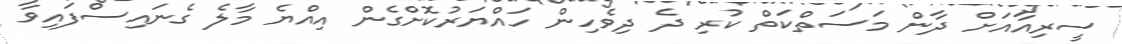
ސީރިއާއަށް ދާން މަސަތްކަތް ކުރި ދެ ދިވެހިން ހައްޔަރުކޮށްގެން އިއްޔެ މާލެ ގެނައިސްފައިވާ